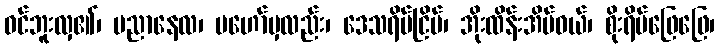
ဝင်ဘူးလှ၏၊ ပညာနေလ၊ မဟော်မှလည်း၊ ဒေသရိပ်ငြိမ်၊ အိုးထိန်းအိမ်ဝယ်၊ စိုးရိမ်ဖြေဖြေ၊